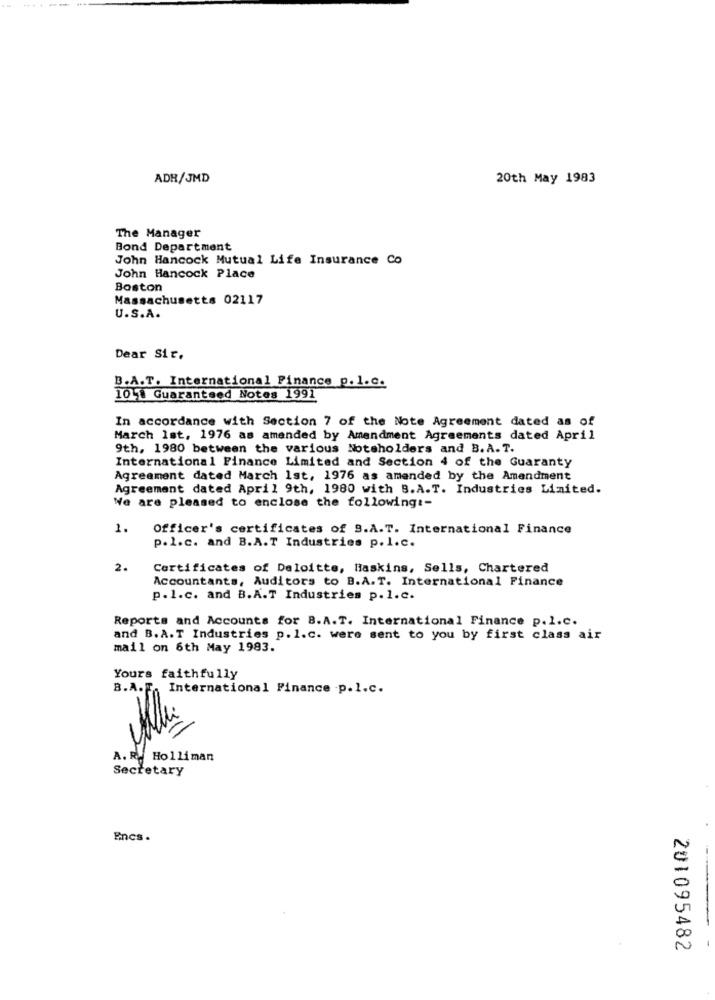
-----
ADR/JMD
20th May 1983
The Manager
Bond Department
John Hancock Mutual Life Insurance Co
John Hancock Place
Boston
Massachusetts 02117
U.S.A.
Dear Sir.
B.A.T. International Finance p. l.c.
10. Guaranteed Notes 1991
In accordance with Section 7 of the Note Agreement dated as of
March 1st, 1976 as amended by Amendment Agreements dated April
9th, 1980 between the various Noteholders and B.A. T.
International Finance Limited and Section 4 of the Guaranty
Agreement dated March Ist, 1976 as amended by the Amendment
Agreement dated April 9th, 1980 with B.A.T. Industries Limited.
We are pleased to enclose the following :-
1.
Officer's certificates of 9.A.T. International Finance
p.l.c. and B.A.T Industries p. l.c.
2.
Certificates of Deloitte, Haskins, Sells, Chartered
Accountants, Auditors to B.A.T. International Finance
p.1.c. and B.A.T Industries p. l.c.
Reports and Accounts for B.A.T. International Finance p.l.c.
and B.A.T Industries p. 1.c. were sent to you by first class air
mail on 6th May 1983.
Yours faithfully
B.A.F. International Finance -p.1.c.
A. R. Hol liman
Secretary
Encs .
201095482